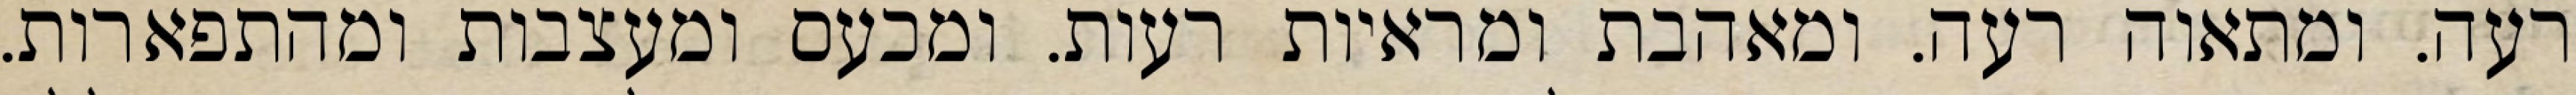
רעה. ומתאוה רעה. ומאהבת ומראיות רעות. ומכעס ומעצבות ומהתפארות.